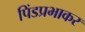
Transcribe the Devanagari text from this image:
पिंडप्रभाकर